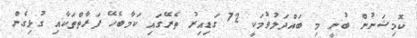
ކޮމިޝަނުން ބުނީ މި ބައްދަލުވުމަކީ 72 ގަޑިއިރު ތެރޭގައި ކަމާބެހޭ ފަރާތްތަކާއި ގުޅިގެން